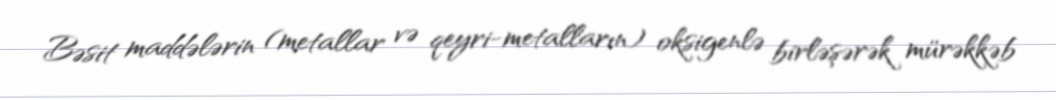
Bəsit maddələrin (metallar və qeyri-metalların) oksigenlə birləşərək mürəkkəb